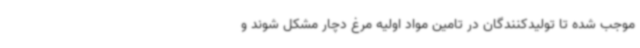
موجب شده تا تولیدکنندگان در تامین مواد اولیه مرغ دچار مشکل شوند و